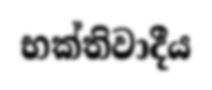
භක්තිවාදීය